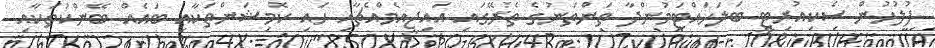
ފުލުހުން ސެކިއުރިޓީ ބަލަހައްޓަމުންދާ ތަންތަނުގެ ތެރޭގައި އައިޖީއެމްއެޗާއި ހައި ކޮމިޝަންތަކާއި ބައެއް ބޭންކުތަކާއި